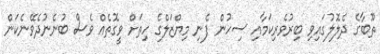
ތޫބާގެ ދެލޮލުގައިވި ބިރުވެރިކަމާއި ސިހުން ފެނި މިޔްޒަލްގެ ހިތަށް ވީގޮތެއް ވެސް ބުނެނުދެވޭނެކަން